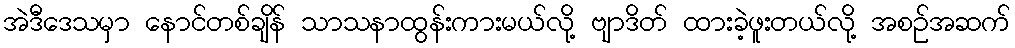
အဲဒီဒေသမှာ နောင်တစ်ချိန် သာသနာထွန်းကားမယ်လို့ ဗျာဒိတ် ထားခဲ့ဖူးတယ်လို့ အစဉ်အဆက်